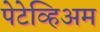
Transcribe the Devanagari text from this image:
पेटेव्हिअम